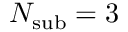
N _ { \mathrm { s u b } } = 3